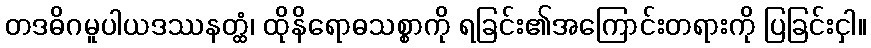
တဒဓိဂမူပါယဒဿနတ္ထံ၊ ထိုနိရောဓသစ္စာကို ရခြင်း၏အကြောင်းတရားကို ပြခြင်းငှါ။